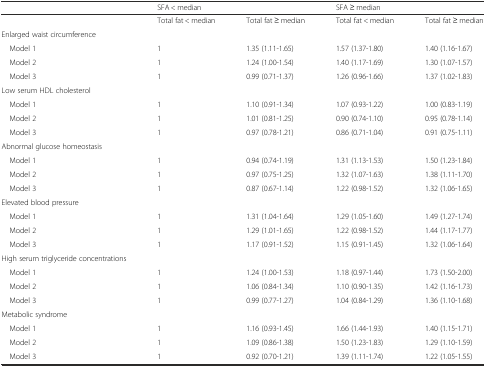
<table><thead><tr><td></td><td colspan="2"><b>SFA &lt; median</b></td><td colspan="2"><b>SFA ≥ median</b></td></tr></thead><tbody><tr><td></td><td>Total fat &lt; median</td><td>Total fat ≥ median</td><td>Total fat &lt; median</td><td>Total fat ≥ median</td></tr><tr><td>Enlarged waist circumference</td><td></td><td></td><td></td><td></td></tr><tr><td> Model 1</td><td>1</td><td>1.35 (1.11-1.65)</td><td>1.57 (1.37-1.80)</td><td>1.40 (1.16-1.67)</td></tr><tr><td> Model 2</td><td>1</td><td>1.24 (1.00-1.54)</td><td>1.40 (1.17-1.69)</td><td>1.30 (1.07-1.57)</td></tr><tr><td> Model 3</td><td>1</td><td>0.99 (0.71-1.37)</td><td>1.26 (0.96-1.66)</td><td>1.37 (1.02-1.83)</td></tr><tr><td>Low serum HDL cholesterol</td><td></td><td></td><td></td><td></td></tr><tr><td> Model 1</td><td>1</td><td>1.10 (0.91-1.34)</td><td>1.07 (0.93-1.22)</td><td>1.00 (0.83-1.19)</td></tr><tr><td> Model 2</td><td>1</td><td>1.01 (0.81-1.25)</td><td>0.90 (0.74-1.10)</td><td>0.95 (0.78-1.14)</td></tr><tr><td> Model 3</td><td>1</td><td>0.97 (0.78-1.21)</td><td>0.86 (0.71-1.04)</td><td>0.91 (0.75-1.11)</td></tr><tr><td>Abnormal glucose homeostasis</td><td></td><td></td><td></td><td></td></tr><tr><td> Model 1</td><td>1</td><td>0.94 (0.74-1.19)</td><td>1.31 (1.13-1.53)</td><td>1.50 (1.23-1.84)</td></tr><tr><td> Model 2</td><td>1</td><td>0.97 (0.75-1.25)</td><td>1.32 (1.07-1.63)</td><td>1.38 (1.11-1.70)</td></tr><tr><td> Model 3</td><td>1</td><td>0.87 (0.67-1.14)</td><td>1.22 (0.98-1.52)</td><td>1.32 (1.06-1.65)</td></tr><tr><td>Elevated blood pressure</td><td></td><td></td><td></td><td></td></tr><tr><td> Model 1</td><td>1</td><td>1.31 (1.04-1.64)</td><td>1.29 (1.05-1.60)</td><td>1.49 (1.27-1.74)</td></tr><tr><td> Model 2</td><td>1</td><td>1.29 (1.01-1.65)</td><td>1.22 (0.98-1.52)</td><td>1.44 (1.17-1.77)</td></tr><tr><td> Model 3</td><td>1</td><td>1.17 (0.91-1.52)</td><td>1.15 (0.91-1.45)</td><td>1.32 (1.06-1.64)</td></tr><tr><td>High serum triglyceride concentrations</td><td></td><td></td><td></td><td></td></tr><tr><td> Model 1</td><td>1</td><td>1.24 (1.00-1.53)</td><td>1.18 (0.97-1.44)</td><td>1.73 (1.50-2.00)</td></tr><tr><td> Model 2</td><td>1</td><td>1.06 (0.84-1.34)</td><td>1.10 (0.90-1.35)</td><td>1.42 (1.16-1.73)</td></tr><tr><td> Model 3</td><td>1</td><td>0.99 (0.77-1.27)</td><td>1.04 (0.84-1.29)</td><td>1.36 (1.10-1.68)</td></tr><tr><td>Metabolic syndrome</td><td></td><td></td><td></td><td></td></tr><tr><td> Model 1</td><td>1</td><td>1.16 (0.93-1.45)</td><td>1.66 (1.44-1.93)</td><td>1.40 (1.15-1.71)</td></tr><tr><td> Model 2</td><td>1</td><td>1.09 (0.86-1.38)</td><td>1.50 (1.23-1.83)</td><td>1.29 (1.10-1.59)</td></tr><tr><td> Model 3</td><td>1</td><td>0.92 (0.70-1.21)</td><td>1.39 (1.11-1.74)</td><td>1.22 (1.05-1.55)</td></tr></tbody></table>